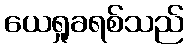
ယေရှုခရစ်သည်